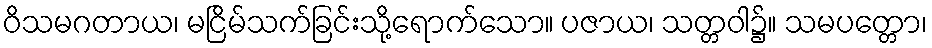
ဝိသမဂတာယ၊ မငြိမ်သက်ခြင်းသို့ရောက်သော။ ပဇာယ၊ သတ္တဝါ၌။ သမပတ္တော၊